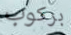
بركوب